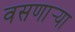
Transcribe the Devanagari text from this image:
वसणार्‍या